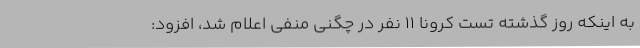
به اینکه روز گذشته تست کرونا 11 نفر در چگنی منفی اعلام شد، افزود: